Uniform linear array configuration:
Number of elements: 24
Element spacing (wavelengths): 1
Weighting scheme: exponential
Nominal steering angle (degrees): -15
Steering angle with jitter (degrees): -13.521
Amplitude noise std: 0.05
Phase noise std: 0.05

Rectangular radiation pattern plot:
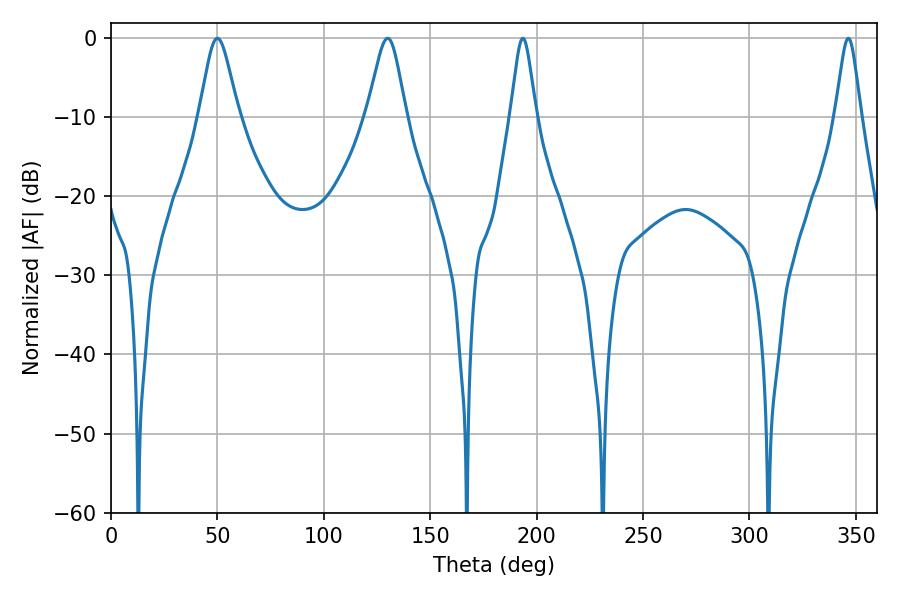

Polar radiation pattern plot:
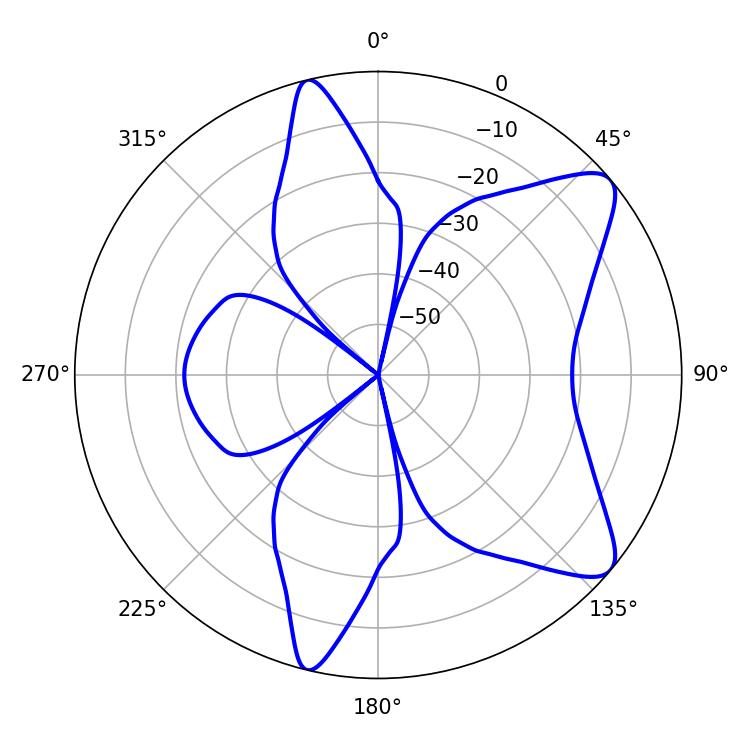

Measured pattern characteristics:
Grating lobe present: TRUE
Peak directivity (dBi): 9.242
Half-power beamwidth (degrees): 8.82
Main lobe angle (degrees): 50.04